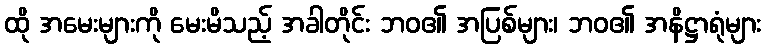
ထို အမေးများကို မေးမိသည့် အခါတိုင်း ဘဝ၏ အပြစ်များ၊ ဘဝ၏ အနိဋ္ဌာရုံများ